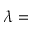
\lambda =